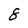
Character: 8